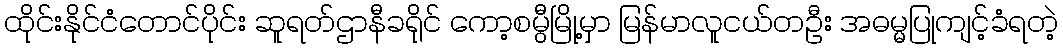
ထိုင်းနိုင်ငံတောင်ပိုင်း ဆူရတ်ဌာနီခရိုင် ကော့စမွီမြို့မှာ မြန်မာလူငယ်တဦး အဓမ္မပြုကျင့်ခံရတဲ့